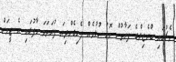
މެޗުގައި ބްރެޒިލްގެ ފަރާތުން މޮޅު ކުޅުމެއް ފެނިގެންދިޔަ ފުރަތަމަ ހާފުގައި އެ ޓީމަށް